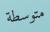
متوسطة